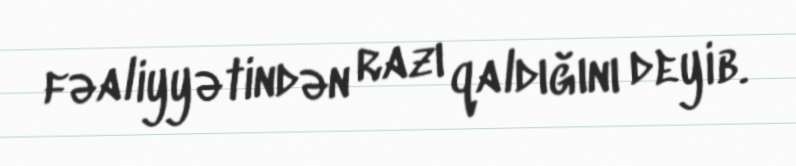
fəaliyyətindən razı qaldığını deyib.